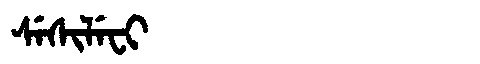
Manchu: ᠰᡝᠰᡳᠯᡝᠸᡳ
Romanization: SESILEFI